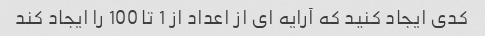
کدی ایجاد کنید که آرایه ای از اعداد از 1 تا 100 را ایجاد کند